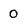
Character: 0